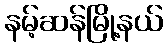
နမ့်ဆန်မြို့နယ်